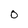
Character: O